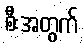
စီးအတွက်